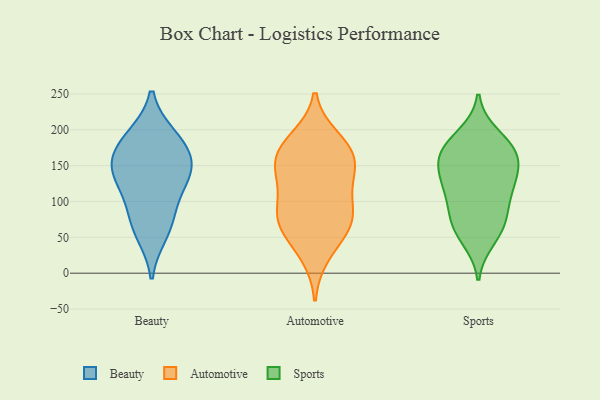
{"axis": {"x": "Humidity (%)", "y": "Value"}, "legend": ["Automotive", "Beauty", "Sports"], "data": [{"x": "", "y": 126, "type": "Beauty"}, {"x": "", "y": 97, "type": "Beauty"}, {"x": "", "y": 55, "type": "Beauty"}, {"x": "", "y": 189, "type": "Beauty"}, {"x": "", "y": 71, "type": "Beauty"}, {"x": "", "y": 150, "type": "Beauty"}, {"x": "", "y": 191, "type": "Beauty"}, {"x": "", "y": 151, "type": "Beauty"}, {"x": "", "y": 167, "type": "Beauty"}, {"x": "", "y": 136, "type": "Beauty"}, {"x": "", "y": 80, "type": "Automotive"}, {"x": "", "y": 187, "type": "Automotive"}, {"x": "", "y": 127, "type": "Automotive"}, {"x": "", "y": 26, "type": "Automotive"}, {"x": "", "y": 145, "type": "Automotive"}, {"x": "", "y": 111, "type": "Automotive"}, {"x": "", "y": 76, "type": "Automotive"}, {"x": "", "y": 156, "type": "Automotive"}, {"x": "", "y": 82, "type": "Automotive"}, {"x": "", "y": 153, "type": "Automotive"}, {"x": "", "y": 68, "type": "Automotive"}, {"x": "", "y": 170, "type": "Automotive"}, {"x": "", "y": 179, "type": "Automotive"}, {"x": "", "y": 55, "type": "Automotive"}, {"x": "", "y": 64, "type": "Sports"}, {"x": "", "y": 170, "type": "Sports"}, {"x": "", "y": 80, "type": "Sports"}, {"x": "", "y": 156, "type": "Sports"}, {"x": "", "y": 48, "type": "Sports"}, {"x": "", "y": 65, "type": "Sports"}, {"x": "", "y": 164, "type": "Sports"}, {"x": "", "y": 126, "type": "Sports"}, {"x": "", "y": 114, "type": "Sports"}, {"x": "", "y": 132, "type": "Sports"}, {"x": "", "y": 96, "type": "Sports"}, {"x": "", "y": 192, "type": "Sports"}, {"x": "", "y": 178, "type": "Sports"}, {"x": "", "y": 168, "type": "Sports"}, {"x": "", "y": 131, "type": "Sports"}]}